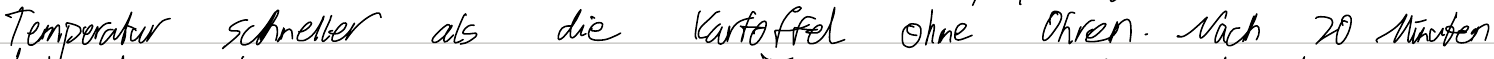
Temperatur schneller als die Kartoffel ohne Ohren. Nach 20 Minuten